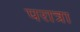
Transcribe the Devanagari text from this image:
परात्रा